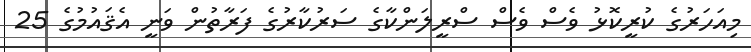
މިއަހަރުގެ ކުރީކޮޅު ވެސް ވެސް ސްރީލަންކާގެ ސަރުކާރުގެ ފަރާތުން ވަނީ އެޤައުމުގެ 25